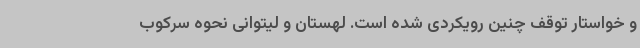
و خواستار توقف چنین رویکردی شده است. لهستان و لیتوانی نحوه سرکوب